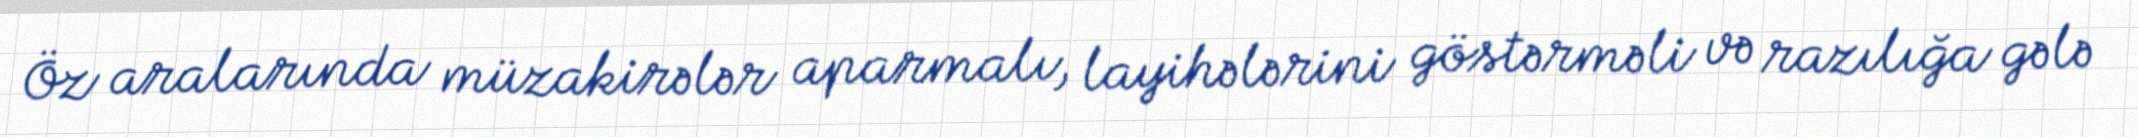
Öz aralarında müzakirələr aparmalı, layihələrini göstərməli və razılığa gələ